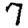
Digit: 7